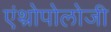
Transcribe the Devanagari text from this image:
एंथ्रोपोलोजी